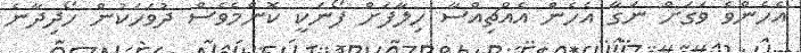
އެހެންވެ ވަގަށް ނަގާ އެހެން އެއްޗިއްސާ ހިލާފަށް ފޯނަކީ ކޮންމެވެސް ދުވަހަކުން ހޯދިދާނެ